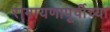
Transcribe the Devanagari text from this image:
रामायणापूर्वीच्या